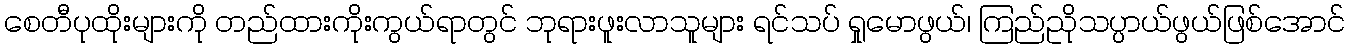
စေတီပုထိုးများကို တည်ထားကိုးကွယ်ရာတွင် ဘုရားဖူးလာသူများ ရင်သပ် ရှုမောဖွယ်၊ ကြည်ညိုသပ္ပာယ်ဖွယ်ဖြစ်အောင်